Civil Veterinary Dept. Bombay admin report 1900-1906 - 1900-1906
Year: 1900
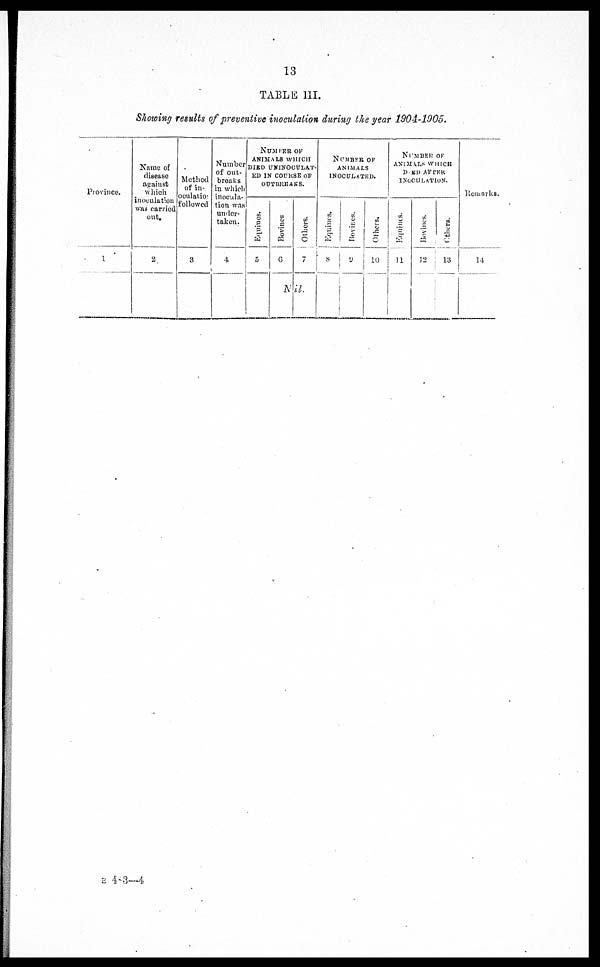
13
TABLE III.
Showing results of preventive inoculation during the year 1904-1905.
Province.
1
Name of
disease
against
which
inoculation
was carried
out.
2
Method
of in-
oculatio-
followed
3
Number
of out-
breaks
in which
inocula-
tion was
under-
taken.
4
NUMBER OF
ANIMALS WHICH
DIED UNINOCULAT¬
ED IN COURSE OF
OUTBREAKS.
Equines.
5
Bovines
6
Others.
Nil.
NUMBER OF
ANIMALS
INOCULATED.
Equines.
8
Bovines.
9
Others.
10
NUMBER OF
ANIMALS WHICH
D ED AFTER
INOCULATION.
Equines.
11
Bovines.
12
Others.
13
Remarks.
11